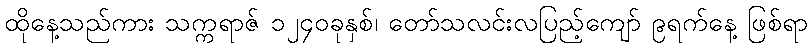
ထိုနေ့သည်ကား သက္ကရာဇ် ၁၂၄၀ခုနှစ်၊ တော်သလင်းလပြည့်ကျော် ၉ရက်နေ့ ဖြစ်ရာ